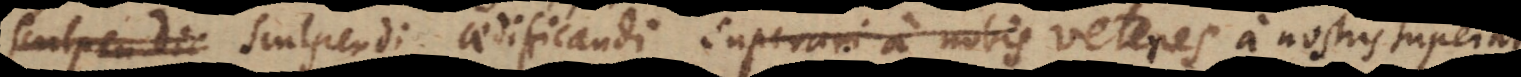
pingendi, sculpendi, aedificandi superari a nobis veteres homines